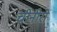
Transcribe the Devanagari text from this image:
चीनीरो